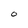
Character: O